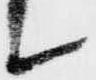
候